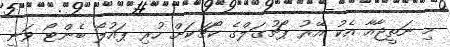
މި ނަތީޖާއާ އެކު އޭރު ޕޯޗުގަލްގެ ކޯޗަކަށް ހުރި ޕައުލޯ ބެންޓޯ ވަނީ